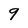
Character: 9